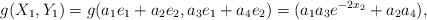
LaTeX: \begin{align*} g(X_1,Y_1)= g(a_1e_1+a_2e_2,a_3e_1+a_4e_2) = (a_1a_3e^{-2x_2} + a_2a_4),\end{align*}